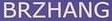
BRZHANG